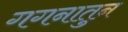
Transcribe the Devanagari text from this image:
गगनातुन